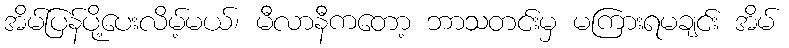
အိမ်ပြန်ပို့ပေးလိမ့်မယ်၊ မီလာနီကတော့ ဘာသတင်းမှ မကြားရမချင်း အိမ်